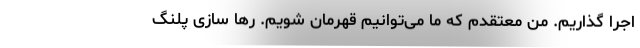
اجرا گذاریم. من معتقدم که ما می‌توانیم قهرمان شویم. رها سازی پلنگ